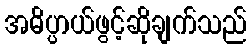
အဓိပ္ပာယ်ဖွင့်ဆိုချက်သည်